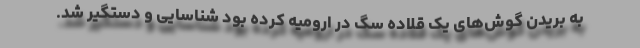
به بریدن گوش‌های یک قلاده سگ در ارومیه کرده بود شناسایی و دستگیر شد.